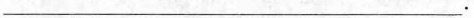
___.